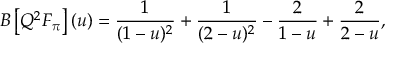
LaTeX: B \left[ Q ^ { 2 } F _ { \pi } \right] ( u ) = \frac 1 { ( 1 - u ) ^ { 2 } } + \frac 1 { ( 2 - u ) ^ { 2 } } - \frac 2 { 1 - u } + \frac 2 { 2 - u } ,